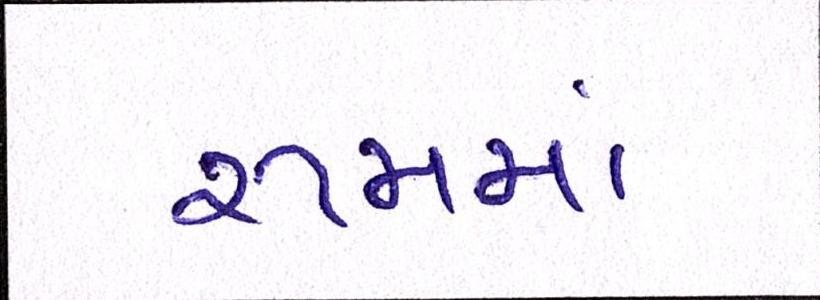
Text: રૂમમાં